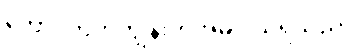
တောင်ဘက်ကျွန်းဟုအဓိပ္ပါယ်ရသည်။